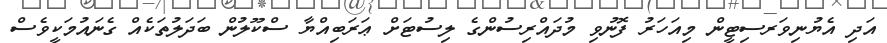
އަދި އެޔުނިވަރސިޓީން މިއަހަރު ފޮނުވި މުދައްރިސުންގެ ލިސުޓަށް ޢަރަބިއްޔާ ސްކޫލުން ބަދަލުތަކެއް ގެނައުމަކީވެސް